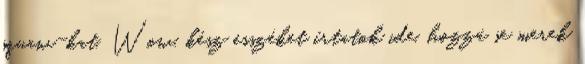
squaw-kat. Wow, kész esszéket írtatok ide, hozzá se merek